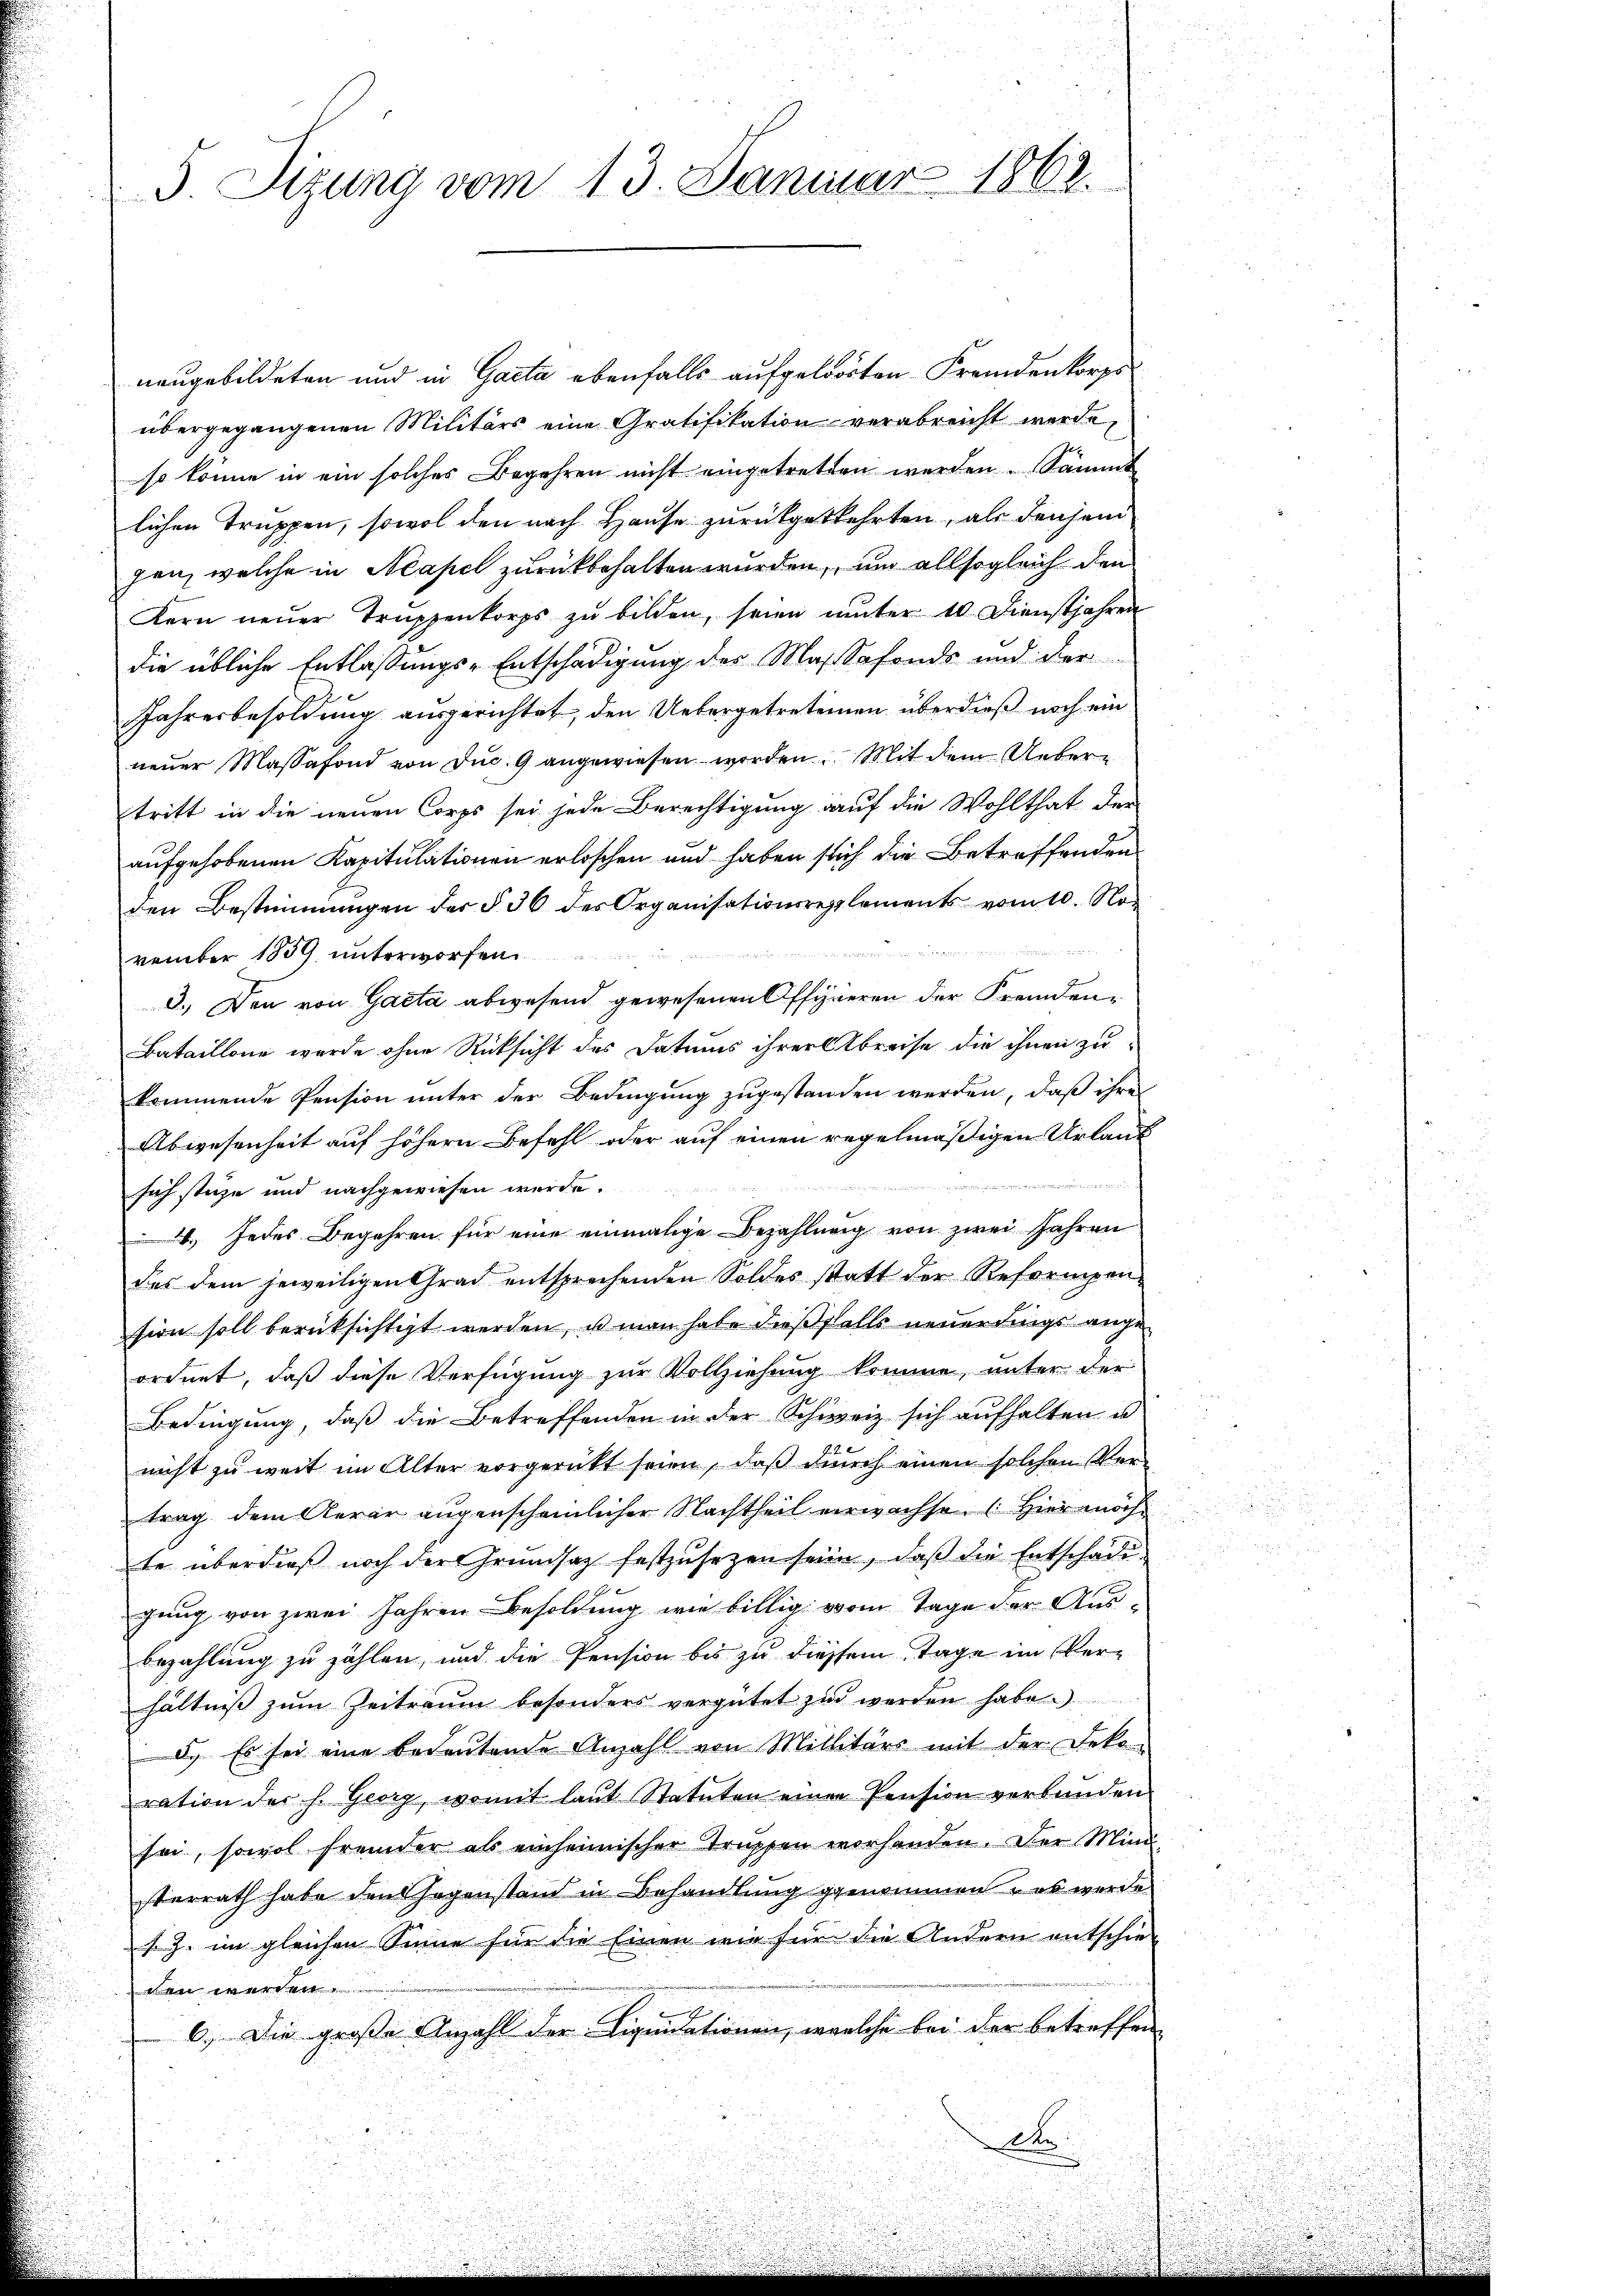
5 Sizung vom 13. Januar 1863.

neugebildeten und in Gacta ebenfalls aufgelösten Fremdenkorps
übergegangenen Militärs eine Gratifikation verabreicht werde,
so könne in ein solches Begehren nicht eingetretten werden Sammt
lichen Truppen, sowol den nach Hause zurückgekehrten, als densend
gen, welche in Neapel zurückbehalten wurden, um allsogleich den
Kern neŭer Trŭppenkorps zŭ bilden, seien unter 10 Dienstjahren
die übliche Entlassungs-Entschädigung der Massafonds und der
Jahresbesoldung ausgerichtet, den Uebergetretenen überdieß noch ein
neuer Massafond von duc. 9 angewiesen worden. Mit dem Uebertritt in die neuen Corps sei jede Berechtigung auf die Wohlthat der
aufgehobenen Kapitulationen erloschen und haben sich die Betreffenden
den Bestimmungen der § 36 des Organisationsreglements vom 10. No
vember 1859 unterworfen
3.) Den von Gacta abwesend gewesenen Offyneren der Fremden¬
Bataillone wurde ohne Rücksicht des Datums ihrer Abreise die ihnen zukommende Pension unter der Bedingung zugestanden werden, daß ihre
Abwesenheit auf höhern Befehl oder auf einen regelmäßigen Urlaub
ii in eine in der und
sich stüze und nachgewiesen werde.
6.) Jedes Begehren für eine einmalige Bezahlung von zwei Jahren
des dem jeweiligen Grad entsprechenden Soldes statt der Reformpen-
sion soll berücksichtigt werden, es man habe dießfalls neuen Lings angeordnet, daß diese Verfügung zur Vollziehung komme, unter der
Bedingung, daß die Betreffenden in der Schweiz sich aufhalten u
nicht zu weit im Alter vorgerückt seien, daß durch einen solchen Vertrag dem Aerar augenscheinlicher Nachtheil verwachse. Hier möchte überdieß noch der Grundsatz festzusetzen sein, daß die Entschädigung von zwei Jahren Besoldung wie billig vom Tage der Aus¬
Bezahlung zu zählen, und die Pension bis zu diessem Tage im Verhältniß zum Zeitraum besonders vergütet zu werden habe.
d. Es sei eine bedeutende Anzahl von Militärs mit der Deko-
ration der h. Georg, womit laut Statuten einer Pension verbunden
sei, sowol fremder als einheimischer Truppen vorhanden. Der Mini
sterrath habe den Gegenstand in Behandlung genommen, es werde.
s. Z. im gleichen Sinne für die Einen wie für die Andern entschie-
men werden.
6.) Die große Anzahl der Liquidationen, welche bei der betreffen
Ate